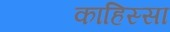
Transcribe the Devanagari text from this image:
काहिस्सा